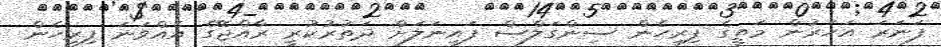
ފަނަރަ އަހަރުން މަތީގެ ފިރިހެން ސިންގަލްސް ފައިނަލަށް ދަތުރުކުރީ ރާއްޖޭގެ އެއްވަނަ ފިރިހެން